Regulations for the medical services of the Army of India
Year: 1930
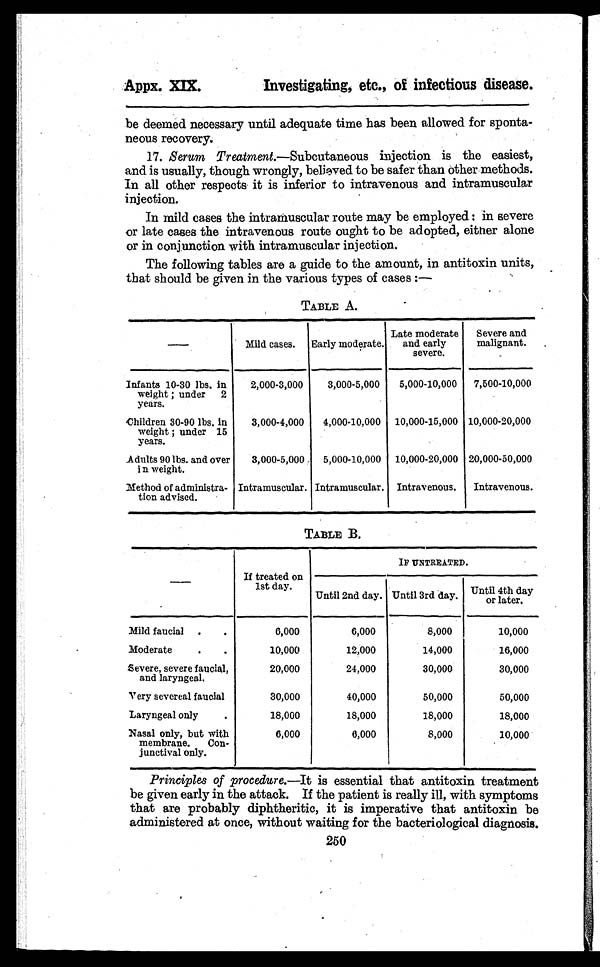
Appx. XIX.
Investigating, etc., of infectious disease.
be deemed necessary until adequate time has been allowed for sponta
-neous recovery.
17. Serum Treatment.—Subcutaneous injection is the easiest,
and is usually, though wrongly, believed to be safer than other methods.
In all other respects it is inferior to intravenous and intramuscular
injection.
In mild cases the intramuscular route may be employed: in severe
or late cases the intravenous route ought to be adopted, either alone
or in conjunction with intramuscular injection.
The following tables are a guide to the amount, in antitoxin units,
that should be given in the various types of cases:—
TABLE A.
—
Mild cases. Early moderate. Late moderate
and early
severe.
Severe and
malignant. –
Infants 10-30 lbs. in
weight; under 2
years.
2,000-3,000 3,000-5,000 5,000-10,000 7,500-10,000
Children 30-90 lbs. in
weight; under 15
years.
3,000-4,000 4,000-10,000 10,000-15,000 10,000-20,000
Adults 90 lbs. and over
in wei ght .
3,000-5,000. 5,000-10,000 10,000-20,000 20,000-50,000
Method of administra-
tion advised.
Intramuscular. Intramuscular. Intravenous. Intravenous.
TABLE B.
—
If treated on
1st day.
IF UNTREATED.
Until 2nd day. Until 3rd day. Unt i l 4t h day or l at er.
Mild faucial
. .
6,000
6,000
8,000
10,000
Moderate
. .
10,000
12,000
14,000
16,000
Severe, severe faucial,
and laryngeal.
20,000
24,000
30,000
30,000
Very severeal faucial
30,000
40,000
50,000
50,000
Laryngeal only .
18,000
18,000
18,000
18,000
Nasal only, but with
membrane. Con-
junctival only.
6,000
6,000
8,000
10,000
Principles of procedure.—It is essential that antitoxin treatment
be given early in the attack. If the patient is really ill, with symptoms
that are probably diphtheritic, it is imperative that antitoxin be
administered at once, without waiting for the bacteriological diagnosis.
250